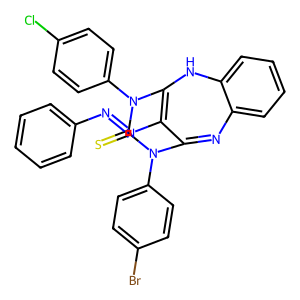
SMILES: S=C1N(c2ccc(Br)cc2)C2=Nc3ccccc3NC(=C2N=Nc2ccccc2)N1c1ccc(Cl)cc1
Inhibits HIV replication: No